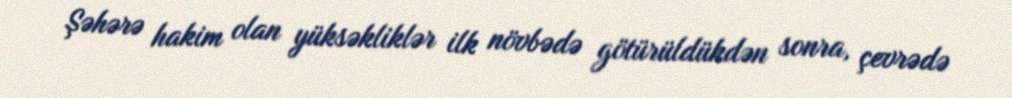
Şəhərə hakim olan yüksəkliklər ilk növbədə götürüldükdən sonra, çevrədə